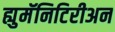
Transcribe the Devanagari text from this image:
ह्युमॅनिटिरीअन